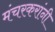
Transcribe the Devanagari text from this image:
मंचरकरांनी